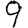
Digit: 9